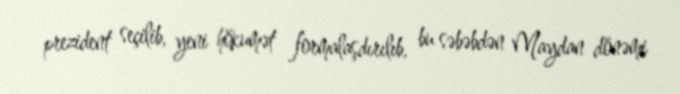
prezident seçilib, yeni hökumət formalaşdırılıb, bu səbəbdən Maydan dönəmi